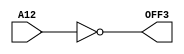
module checkoffDigit3 (A12 , OFF3 ) ;
input A12 ;
output OFF3 ;

assign OFF3 = ~ A12 ;

endmodule